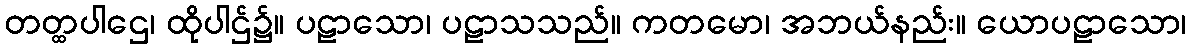
တတ္ထပါဌေ၊ ထိုပါဌ်၌။ ပဠာသော၊ ပဠာသသည်။ ကတမော၊ အဘယ်နည်း။ ယောပဠာသော၊